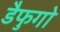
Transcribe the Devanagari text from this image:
डैफुगो